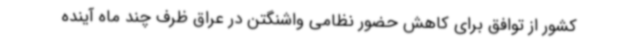
کشور از توافق برای کاهش حضور نظامی واشنگتن در عراق ظرف چند ماه آینده